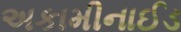
અકામીનાઈડ